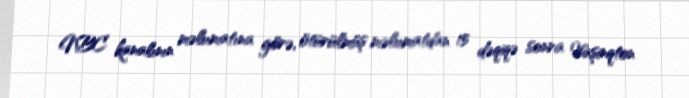
NBC kanalının məlumatına görə, ötürülmüş məlumatdan 15 dəqiqə sonra Vaşinqton